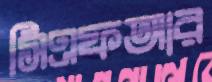
সিএফআর